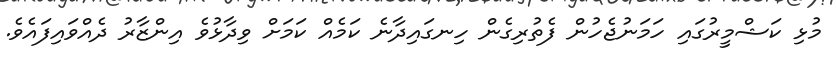
މުޅި ކަޝްމީރުގައި ހަމަނުޖެހުން ފެތުރިގެން ހިނގައިދާނެ ކަމެއް ކަމަށް ވިދާޅުވެ އިންޒާރު ދެއްވައިފައެވެ.